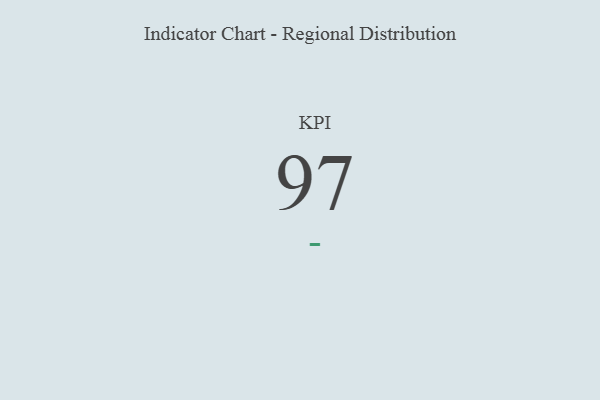
{"axis": {"x": "KPI", "y": "Value"}, "legend": [""], "data": [{"x": "KPI", "y": 97, "type": ""}]}